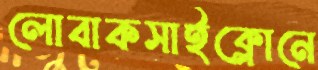
লোবাকসাইক্লোনে